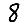
Digit: 8